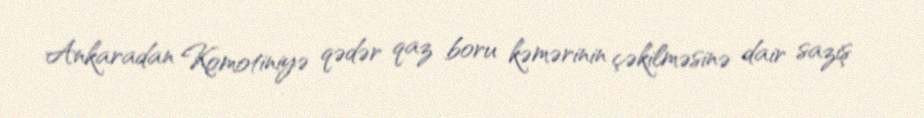
Ankaradan Komotiniyə qədər qaz boru kəmərinin çəkilməsinə dair saziş